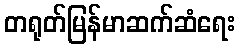
တရုတ်မြန်မာဆက်ဆံရေး